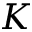
K